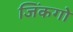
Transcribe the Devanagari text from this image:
जिंकगो